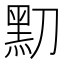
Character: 𪐛